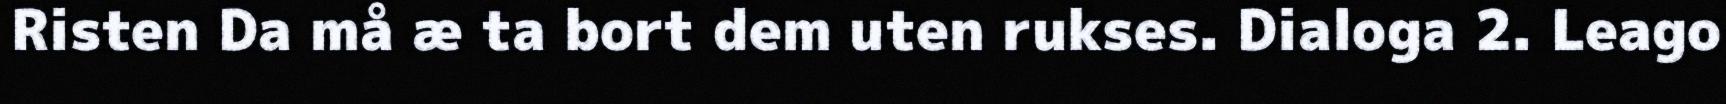
Risten Da må æ ta bort dem uten rukses. Dialoga 2. Leago